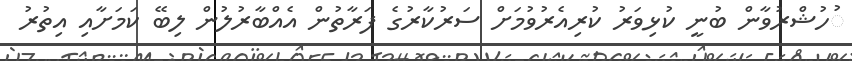
ުހުޝްރުވާން ބުނީ ކުޅިވަރު ކުރިއެރުވުމަށް ސަރުކާރުގެ ފަރާތުން އެއްބާރުލުން ލިބޭ ކަމަށާއި އިތުރު